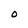
Character: O